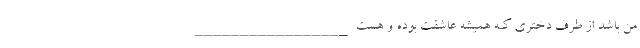
من باشد از طرف دختری کـه همیشه عاشقت بوده و هست _________________